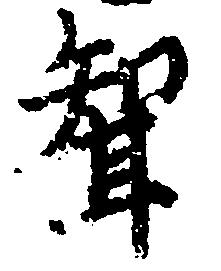
聟